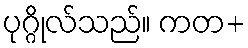
ပုဂ္ဂိုလ်သည်။ ကတ+